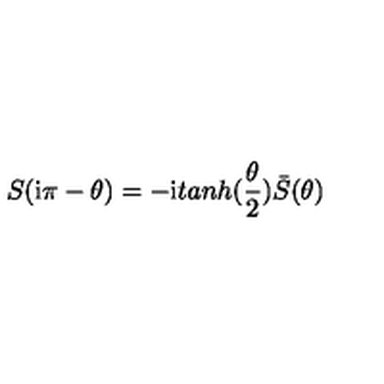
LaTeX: S ( \mathrm { i } \pi - \theta ) = - \mathrm { i } t a n h ( \frac { \theta } { 2 } ) \bar { S } ( \theta )